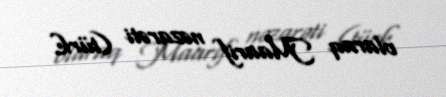
olaraq Maarif nəzarəti (türk.